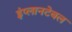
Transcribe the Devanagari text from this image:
इंप्लानटेबल